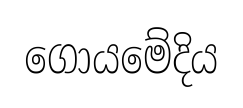
ගොයමේදිය